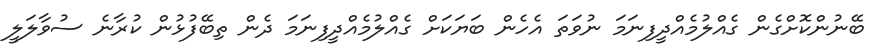
ބޭނުންކޮށްގެން ގެއްލުމެއްދީފިނަމަ ނުވަތަ އެހެން ބަޔަކަށް ގެއްލުމެއްދީފިނަމަ ދެން ތިބޭފުޅުން ކުރާނެ ސުވާލަލީ